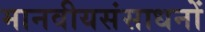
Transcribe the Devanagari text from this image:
मानवीयसंसाधनों